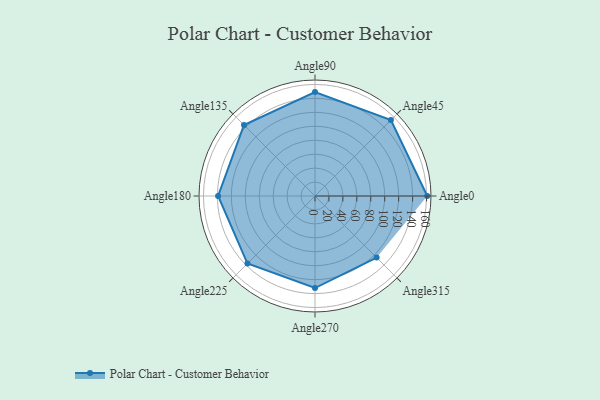
{"axis": {"x": "Angle", "y": "Radius"}, "legend": [""], "data": [{"x": "Angle0", "y": 161.0, "type": ""}, {"x": "Angle45", "y": 154.0, "type": ""}, {"x": "Angle90", "y": 149.0, "type": ""}, {"x": "Angle135", "y": 144.0, "type": ""}, {"x": "Angle180", "y": 139.0, "type": ""}, {"x": "Angle225", "y": 137.0, "type": ""}, {"x": "Angle270", "y": 132.0, "type": ""}, {"x": "Angle315", "y": 125.0, "type": ""}]}